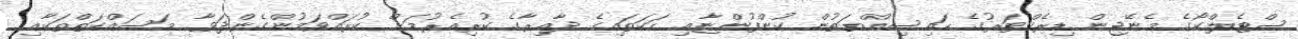
ސްޓެލްކޯގެ މެނޭޖިން ޑިރެކްޓަރުގެ ހައިސިއްޔަތުން ކުންފުންޏާއި ހަކަތައިގެ ދާއިރާގެ ކުރިއެރުމަށް ކުރައްވަމުންގެންދަވާ މަސައްކަތްތަކާއި